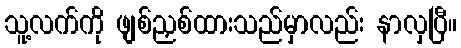
သူ့လက်ကို ဖျစ်ညှစ်ထားသည်မှာလည်း နာလှပြီ။